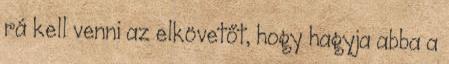
rá kell venni az elkövetőt, hogy hagyja abba a